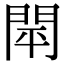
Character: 閛